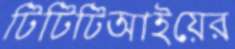
টিটিটিআইয়ের